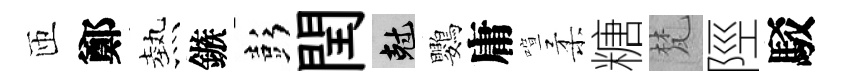
匝鄭熱鏃彭閏剋鸚庸喧柔糖梵陘駁